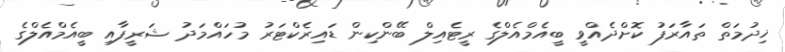
ޚިދުމަތް ތައާރަފު ކޮށްދެއްވީ ބީއެމްއެލްގެ ރީޓެއިލް ބޭންކިން ޑައިިރެކްޓަރު މުހައްމަދު ޝަރީފާއި ބީއެމްއެލްގެ